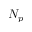
N _ { p }